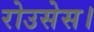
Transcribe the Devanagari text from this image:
रोउसेस।